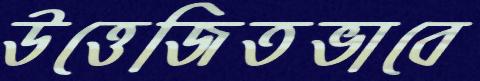
উত্তেজিতভাবে